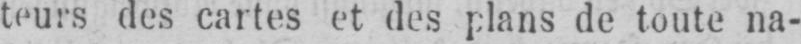
teurs des cartes et des plans de toute na-